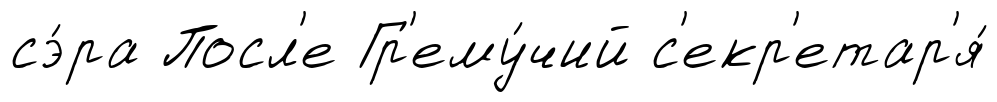
сэ́ра Посл'е Гр'ему́чий с'екр'етар'я́